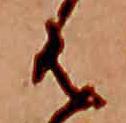
は